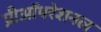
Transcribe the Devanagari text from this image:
प्रीऑपरेशनल